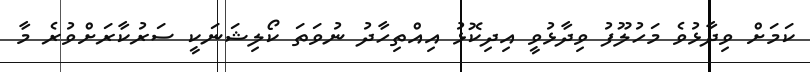
ކަމަށް ވިދާޅުވެ މަހުލޫފު ވިދާޅުވީ އިދިކޮޅު އިއްތިހާދު ނުވަތަ ކޯލިޝަނަކީ ސަރުކާރަށްވުރެ މާ